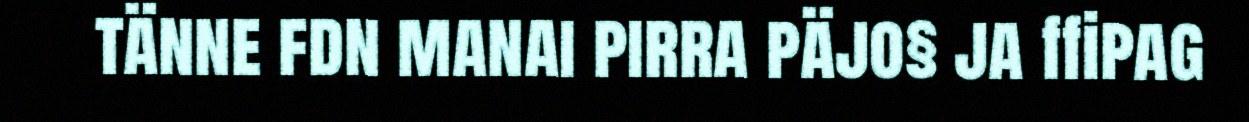
tänne fdn manai pirra päjo§ ja ffipag